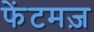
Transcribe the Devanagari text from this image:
फेंटमज़